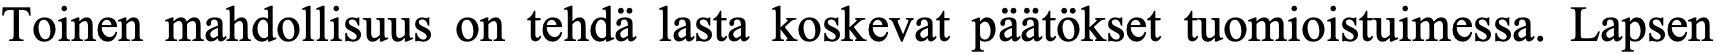
Toinen mahdollisuus on tehdä lasta koskevat päätökset tuomioistuimessa. Lapsen